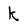
Character: k